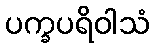
ပက္ခပရိဝါသံ